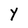
Character: Y